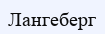
Лангеберг